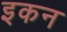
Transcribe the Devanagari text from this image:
इकन